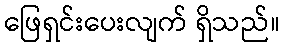
ဖြေရှင်းပေးလျက် ရှိသည်။